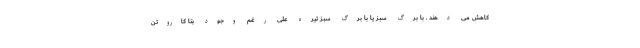
کاهش می دهند . با برگ سبز یا با برگ سبز تیره علی رغم وجود بتا کاروتن